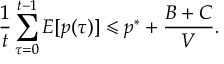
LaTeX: { \frac { 1 } { t } } \sum _ { \tau = 0 } ^ { t - 1 } E [ p ( \tau ) ] \leqslant p ^ { * } + { \frac { B + C } { V } } .